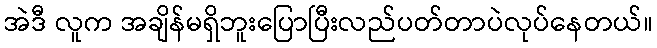
အဲဒီ လူက အချိန်မရှိဘူးပြောပြီးလည်ပတ်တာပဲလုပ်နေတယ်။